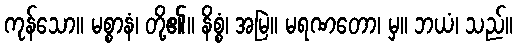
ကုန်သော။ မစ္စာနံ၊ တို့၏။ နိစ္စံ၊ အမြဲ။ မရဏတော၊ မှ။ ဘယံ၊ သည်။